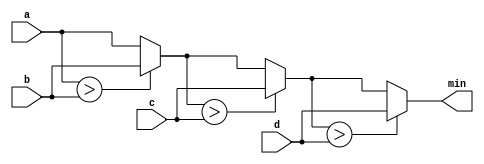
module top_module (
    input [7:0] a, b, c, d,
    output [7:0] min);//
    
    wire [7:0]min1,min2;
    
 assign min1= (a>b) ? b : a,
        min2= (min1>c) ? c : min1,
        min= (min2>d) ? d : min2;

endmodule